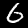
Label: 6